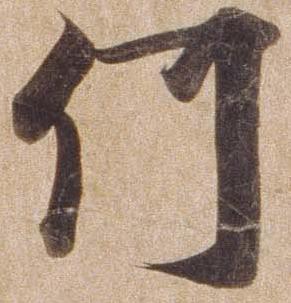
何